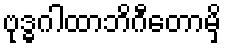
ဗုဒ္ဓဂါထာဘိဂီတောမှိ